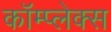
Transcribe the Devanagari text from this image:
कॉम्‍प्‍लेक्‍स